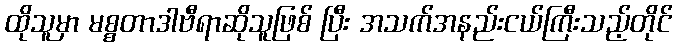
ထိုသူမှာ မစ္စတာဒါဗီရာဆိုသူဖြစ် ပြီး အသက်အနည်းငယ်ကြီးသည့်တိုင်